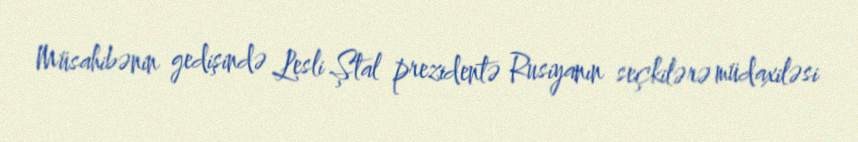
Müsahibənin gedişində Lesli Ştal prezidentə Rusiyanın seçkilərə müdaxiləsi